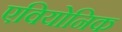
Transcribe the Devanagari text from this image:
एवियोनिक